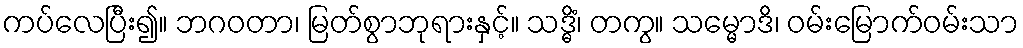
ကပ်လေပြီး၍။ ဘဂဝတာ၊ မြတ်စွာဘုရားနှင့်။ သဒ္ဓိံ၊ တကွ။ သမ္မောဒိ၊ ဝမ်းမြောက်ဝမ်းသာ